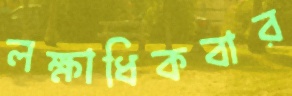
লক্ষাধিকবার